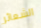
الشعائر